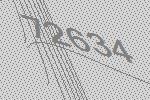
72634